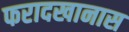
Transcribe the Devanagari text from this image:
फरादखानास